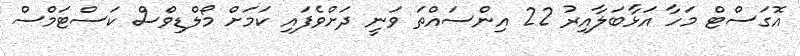
އޮގަސްޓް މަހާ އަޅާބަލާއިރު 22 އިންސައްތަ ވަނީ ދަށްވެފައި ކަމަށް މޯލްޑިވްސް ކަސްޓަމްސް